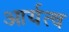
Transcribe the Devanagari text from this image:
आर्यत्व